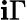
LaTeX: \mathbf{i}\Gamma